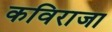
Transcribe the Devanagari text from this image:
कविराजा